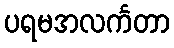
ပရမအလင်္ကတာ